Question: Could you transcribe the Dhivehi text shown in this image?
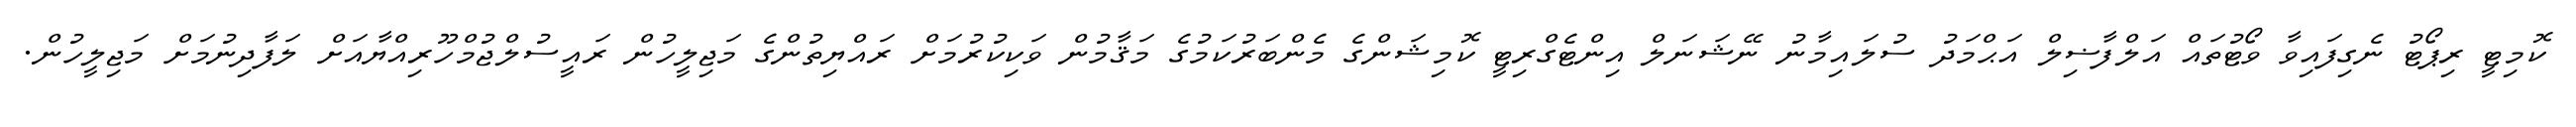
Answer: ކޮމިޓީ ރިޕޯޓު ނެގިފައިވާ ވޯޓުތައް އަލްފާޟިލް އަޙްމަދު ސުލައިމާނު ނޭޝަނަލް އިންޓެގްރިޓީ ކޮމިޝަންގެ މެންބަރުކަމުގެ މަޤާމުން ވަކިކުރުމަށް ރައްޔިތުންގެ މަޖިލީހުން ރައީސުލްޖުމްހޫރިއްޔާއަށް ލަފާދިނުމަށް މަޖިލީހުން.